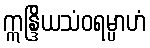
ဣန္ဒြိယသံဝရမ္ပာဟံ